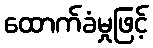
ထောက်ခံမှုဖြင့်